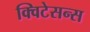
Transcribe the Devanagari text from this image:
क्विटेसन्स